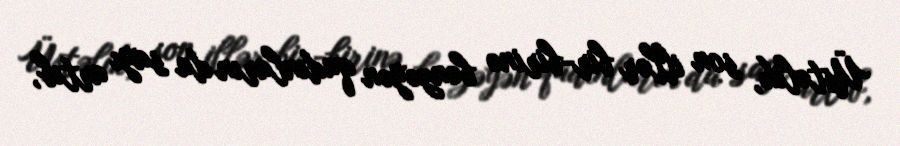
Üstəlik, son illər bir-birinə bənzəyən qadınların da sayı artıb,